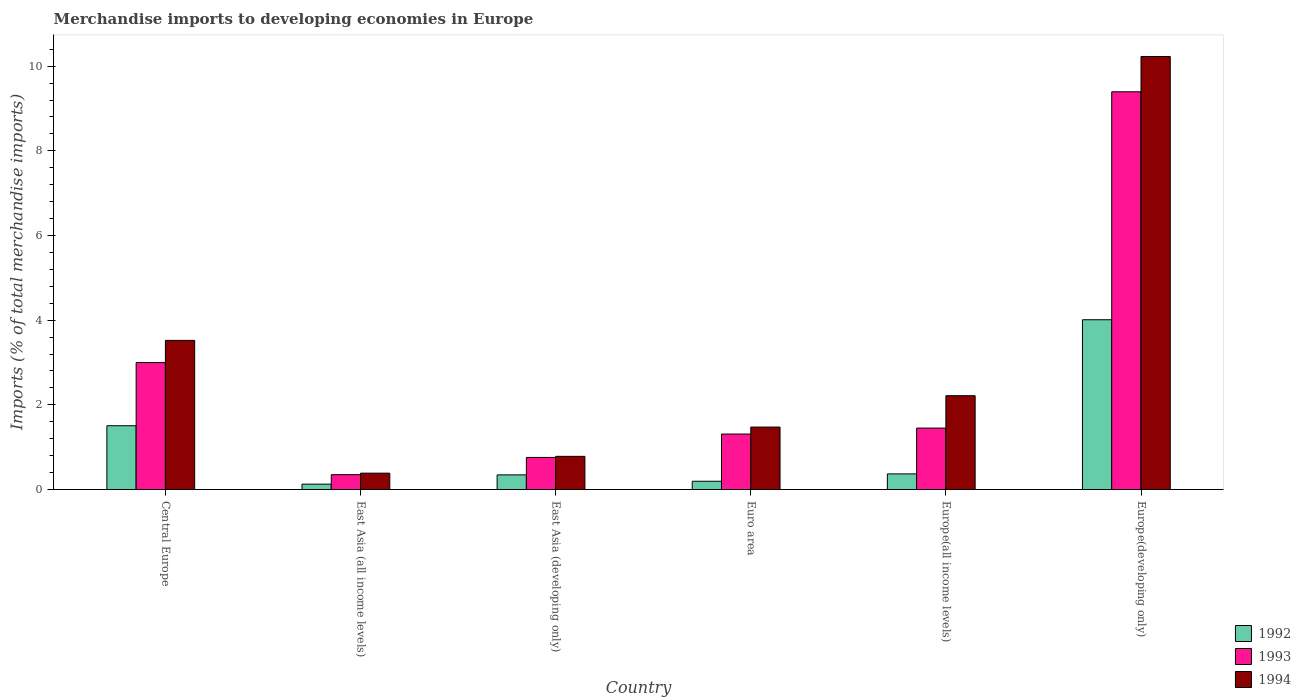
| Country | 1992 | 1993 | 1994 |
 | --- | --- | --- | --- |
 | Central Europe | 1.51 | 3 | 3.52 |
 | East Asia (all income levels) | 0.127 | 0.351 | 0.387 |
 | East Asia (developing only) | 0.346 | 0.758 | 0.783 |
 | Euro area | 0.195 | 1.31 | 1.48 |
 | Europe(all income levels) | 0.369 | 1.45 | 2.22 |
 | Europe(developing only) | 4.01 | 9.39 | 10.2 |